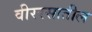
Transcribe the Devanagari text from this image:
वीररसातील